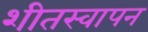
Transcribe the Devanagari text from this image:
शीतस्वापन